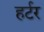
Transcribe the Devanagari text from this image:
हर्टर